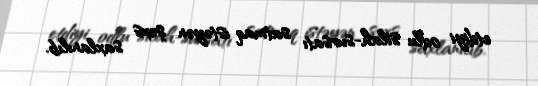
etdiyi odlu silah-sursatı satmaq istəyən şəxs saxlanılıb.